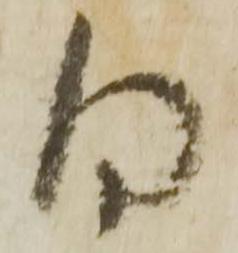
同